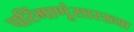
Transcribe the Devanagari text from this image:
परिंमाणूंसारख्या